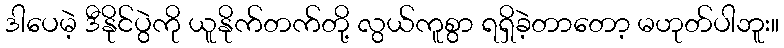
ဒါပေမဲ့ ဒီနိုင်ပွဲကို ယူနိုက်တက်တို့ လွယ်ကူစွာ ရရှိခဲ့တာတော့ မဟုတ်ပါဘူး။